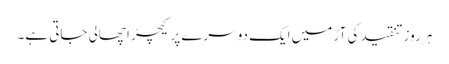
ہر روز تنقید کی آڑ میں ایک دوسرے پر کیچڑ اچھالی جاتی ہے۔